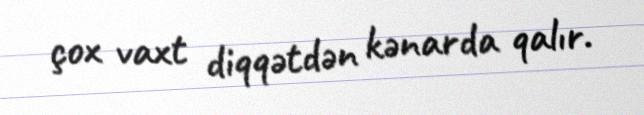
çox vaxt diqqətdən kənarda qalır.